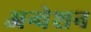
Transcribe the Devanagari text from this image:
अन्वेशन